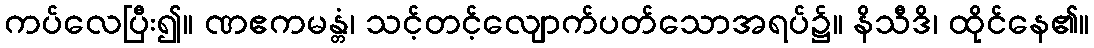
ကပ်လေပြီး၍။ ဏဧကမန္တံ၊ သင့်တင့်လျောက်ပတ်သောအရပ်၌။ နိသီဒိ၊ ထိုင်နေ၏။